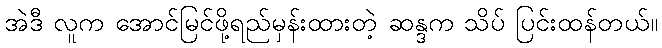
အဲဒီ လူက အောင်မြင်ဖို့ရည်မှန်းထားတဲ့ ဆန္ဒက သိပ် ပြင်းထန်တယ်။